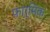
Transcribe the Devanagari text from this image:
फ़ार्मिक